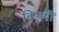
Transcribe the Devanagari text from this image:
विजयीं